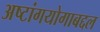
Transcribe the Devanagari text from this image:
अष्टांगयोगाबद्दल